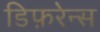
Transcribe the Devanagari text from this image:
डिफ़रेन्स